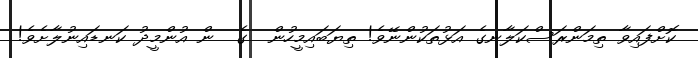
ކޮށްފައިވާ ތިމަންރަސްކަލާނގެ އަޅުތަކުންނޭވެ! ތިޔަބައިމީހުން  ގެ  ން އުންމީދު ކަނޑައިނުލާށެވެ!